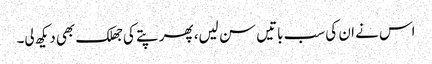
اس نے ان کی سب باتیں سن لیں، پھر پتے کی جھلک بھی دیکھ لی۔